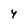
Character: 4